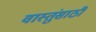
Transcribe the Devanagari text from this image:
वास्तुंसाठी